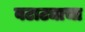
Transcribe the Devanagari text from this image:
बटाट्याचा